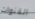
القنوات